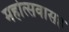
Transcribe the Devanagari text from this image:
महोत्सवासह